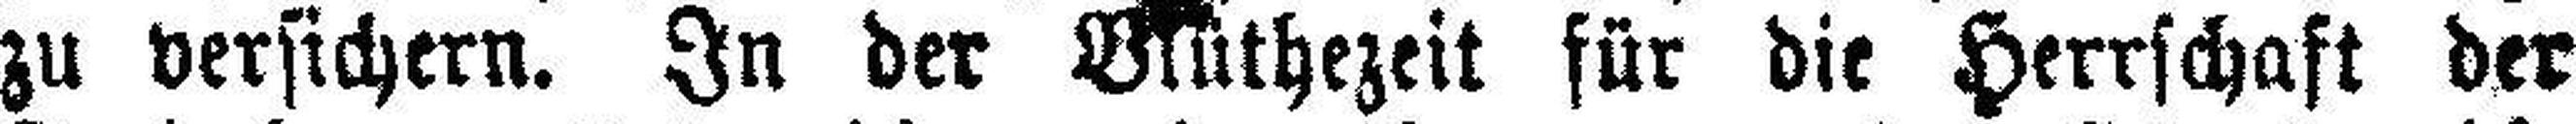
zu versichern. In der Blüthezeit für die Herrschaft der